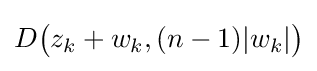
D{\big (}z_{k}+w_{k},(n-1)|w_{k}|{\big )}